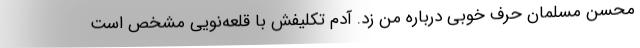
محسن مسلمان حرف خوبی درباره من زد. آدم تکلیفش با قلعه‌نویی مشخص است